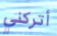
أتركني